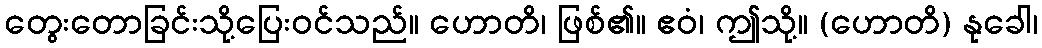
တွေးတောခြင်းသို့ပြေးဝင်သည်။ ဟောတိ၊ ဖြစ်၏။ ဧဝံ၊ ဤသို့။ (ဟောတိ) နုခေါ၊